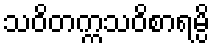
သဝိတက္ကသဝိစာရမ္ပိ